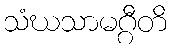
သံဃသာမဂ္ဂီတိ